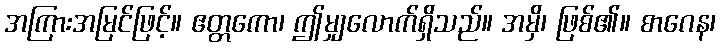
အကြားအမြင်ဖြင့်။ ဧတ္တကော၊ ဤမျှလောက်ရှိသည်။ အမှိ၊ ဖြစ်၏။ စာဂေန၊